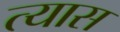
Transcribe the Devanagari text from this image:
त्‍यास